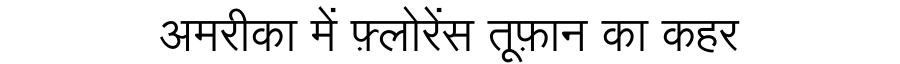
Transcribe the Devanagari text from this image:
अमरीका में फ़्लोरेंस तूफ़ान का कहर